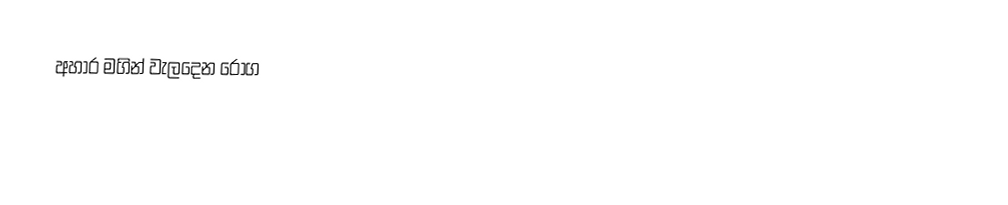
අහාර මගින් වැලදෙන රෝග